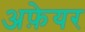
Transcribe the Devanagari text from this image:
अफ़ेयर